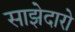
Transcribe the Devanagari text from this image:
साझेदारो